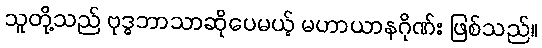
သူတို့သည် ဗုဒ္ဓဘာသာဆိုပေမယ့် မဟာယာနဂိုဏ်း ဖြစ်သည်။